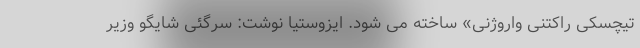
تیچسکی راکتنی واروژنی» ساخته می شود. ایزوستیا نوشت: سرگئی شایگو وزیر